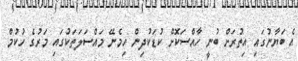
އެ ބަޔާނުގައި އިތުރަށް ބުނީ ހާއްސަކޮށް ކުޑަކުދިން ހިމެނޭ މައްސަލަތަކުގައި މަރުގެ ހުކުމް